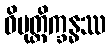
ဝိမုတ္တိက္ခန္ဓဿ